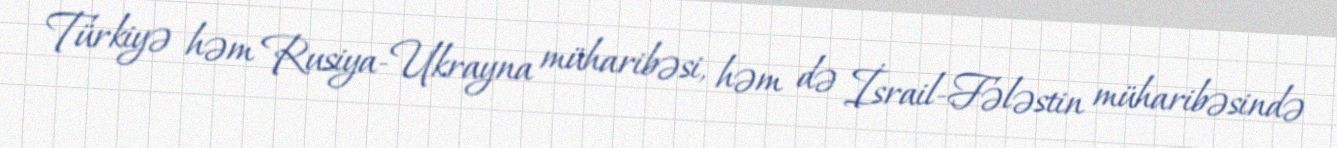
Türkiyə həm Rusiya-Ukrayna müharibəsi, həm də İsrail-Fələstin müharibəsində